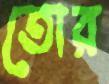
তোর